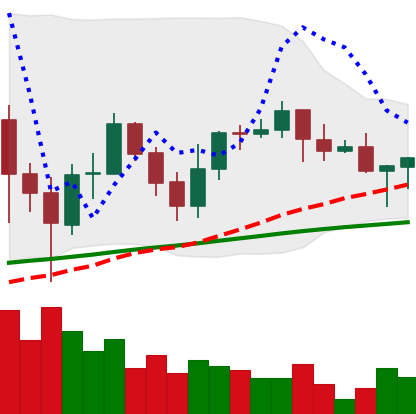
Ticker: ADA-USD
Chart end date: 2021-06-09
Forward return: -3.06%
Label: down_3_5